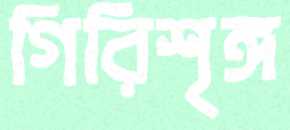
গিরিশৃঙ্গ